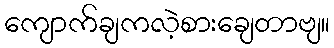
ကျောက်ချကလဲ့စားချေတာဗျ။